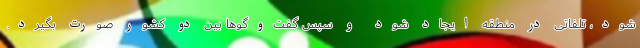
شود، تلفاتی در منطقه ایجاد شود و سپس گفت‌وگوها بین دو کشور صورت بگیرد.